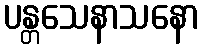
ပန္တသေနာသနော